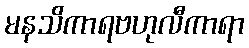
မနသိကာရဗဟုလီကာရာ